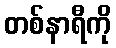
တစ်နာရီကို